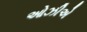
ઓઝીએ